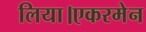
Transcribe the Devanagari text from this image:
लिया।एकरमेन